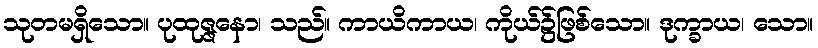
သုတမရှိသော။ ပုထုဇ္ဇနော၊ သည်။ ကာယိကာယ၊ ကိုယ်၌ဖြစ်သော။ ဒုက္ခာယ၊ သော။